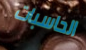
الحاسبات